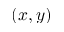
( x , y )